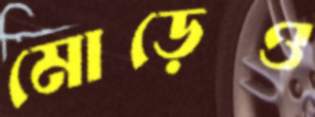
মোড়েও